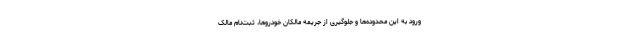
ورود به این محدوده‌ها و جلوگیری از جریمه مالکان خودروها، ثبت‌نام مالک